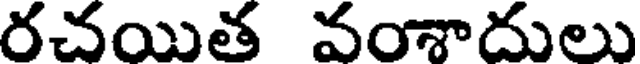
రచయిత వంశాదులు